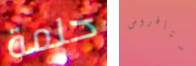
حلمة ستافروس